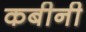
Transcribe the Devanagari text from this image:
कबीनी